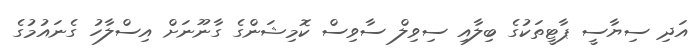
އަދި ސިޔާސީ ޕާޓީތަކުގެ ބިލާއި ސިވިލް ސާވިސް ކޮމިޝަންގެ ގާނޫނަށް އިސްލާހު ގެނައުމުގެ